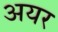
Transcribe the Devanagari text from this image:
अयर